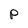
Character: p